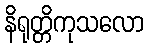
နိရုတ္တိကုသလော